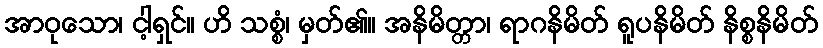
အာဝုသော၊ ငါ့ရှင်။ ဟိ သစ္စံ၊ မှတ်၏။ အနိမိတ္တာ၊ ရာဂနိမိတ် ရူပနိမိတ် နိစ္စနိမိတ်